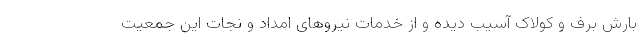
بارش برف و کولاک آسیب دیده و از خدمات نیروهای امداد و نجات این جمعیت